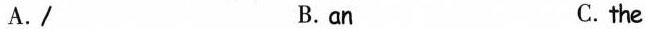
A./ B. an C. the